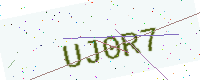
Text: UJ0R7